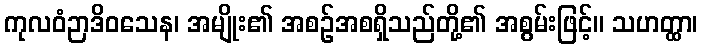
ကုလဝံဉာဒိဝသေန၊ အမျိုး၏ အစဉ်အစရှိသည်တို့၏ အစွမ်းဖြင့်။ သဟတ္ထာ၊